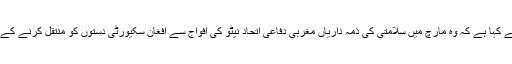
افغان صدر حامد کرزئی نے کہا ہے کہ وہ مارچ میں سلامتی کی ذمہ داریاں مغربی دفاعی اتحاد نیٹو کی افواج سے افغان سکیورٹی دستوں کو منتقل کرنے کے آغاز کا اعلان کردیں گے۔